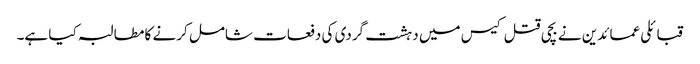
قبائلی عمائدین نے بچی قتل کیس میں دہشت گردی کی دفعات شامل کرنے کا مطالبہ کیا ہے۔